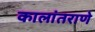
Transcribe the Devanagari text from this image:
कालांतराणे